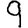
Digit: 9